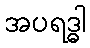
အပရဒ္ဓါ